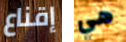
إقناع هي